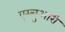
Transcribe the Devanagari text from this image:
एस्चुआरी